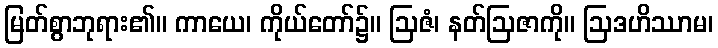
မြတ်စွာဘုရား၏။ ကာယေ၊ ကိုယ်တော်၌။ ဩဇံ၊ နတ်ဩဇာကို။ ဩဒဟိဿာမ၊